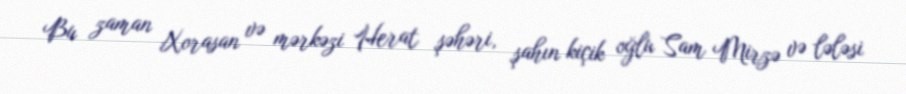
Bu zaman Xorasan və mərkəzi Herat şəhəri, şahın kiçik oğlu Sam Mirzə və lələsi